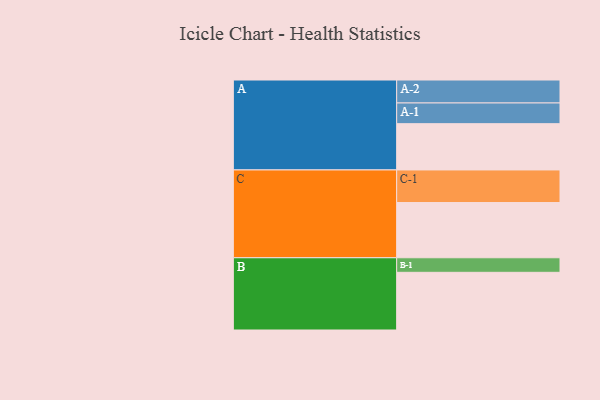
{"axis": {"x": "Segment", "y": "Value"}, "legend": ["", "A", "B", "C"], "data": [{"x": "A", "y": 413, "type": ""}, {"x": "B", "y": 515, "type": ""}, {"x": "C", "y": 493, "type": ""}, {"x": "A-1", "y": 185, "type": "A"}, {"x": "A-2", "y": 205, "type": "A"}, {"x": "B-1", "y": 130, "type": "B"}, {"x": "C-1", "y": 291, "type": "C"}]}